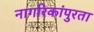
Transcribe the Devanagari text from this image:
नागरिकांपुरता